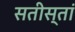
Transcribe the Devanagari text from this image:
सतीस्तां